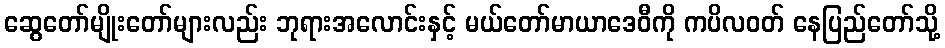
ဆွေတော်မျိုးတော်များလည်း ဘုရားအလောင်းနှင့် မယ်တော်မာယာဒေဝီကို ကပိလဝတ် နေပြည်တော်သို့